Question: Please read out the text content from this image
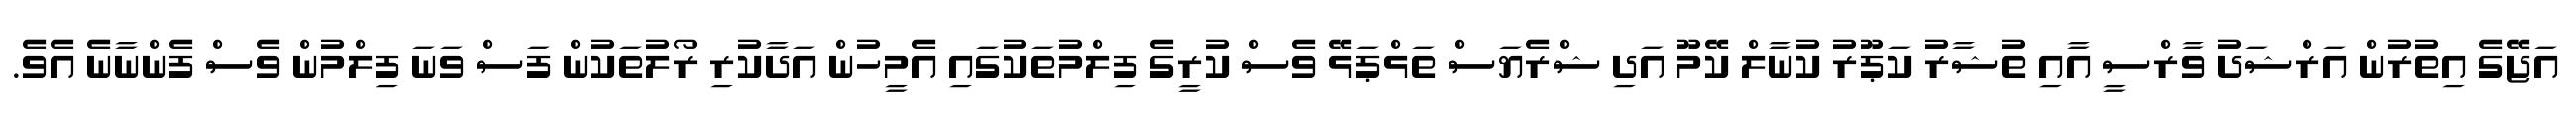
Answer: އަޖޭގެ އިތުރުން އަރްޝަދު ވާރްސީ އާއި ތުޝާރު ކަޕޫރު ކުނާލް ކޭމޫ އަދި ޝްރެޔަސް ތަޅްޕަޅޭ ވެސް ކުރީގެ ފިލްމުތަކުގައި އެމީހުން އަދާކުރި ރޯލުތަކުން ފަސް ވަނަ ފިލްމުން ވެސް ފެންނާނެ އެވެ.